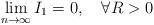
LaTeX: \begin{align*}\lim_{n\to\infty}I_1=0,\quad\forall R>0\end{align*}